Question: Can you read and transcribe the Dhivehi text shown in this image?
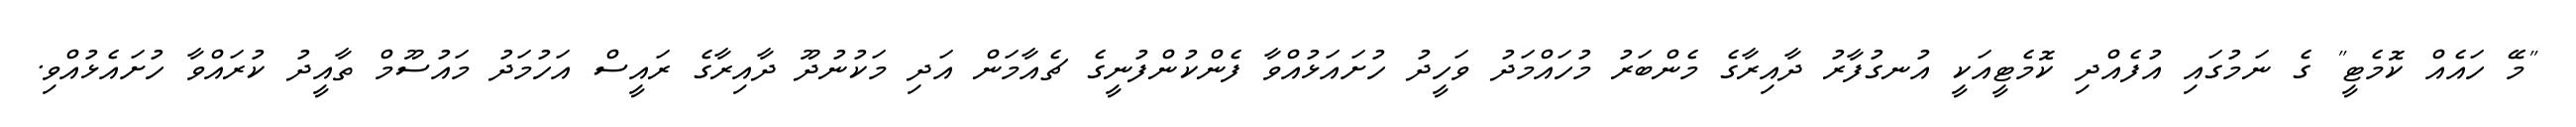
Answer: "މޭ ހައެއް ކޮމެޓީ" ގެ ނަމުގައި އުފެއްދި ކޮމެޓީއަކީ އުނގުފާރު ދާއިރާގެ މެންބަރު މުހައްމަދު ވަހީދު ހުށައަޅުއްވާ ފެންކުންފުނީގެ ޗެއާމަން އަދި މަކުނުދޫ ދާއިރާގެ ރައީސް އަހުމަދު މައުސޫމް ތާއީދު ކުރައްވާ ހުށައެޅުއްވި.